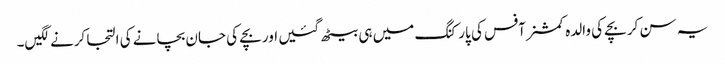
یہ سن کر بچے کی والدہ کمشنر آفس کی پارکنگ میں ہی بیٹھ گئیں اور بچے کی جان بچانے کی التجا کرنے لگیں۔